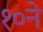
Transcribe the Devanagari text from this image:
१०ने